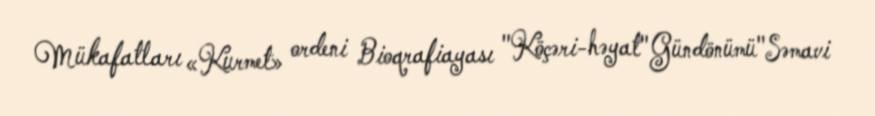
Mükafatları «Kurmet» ordeni Bioqrafiayası "Köçəri-həyat"Gündönümü"Səmavi